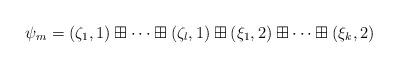
LaTeX: \begin{align*}\psi_m=(\zeta_1,1)\boxplus\cdots\boxplus(\zeta_l,1)\boxplus(\xi_1,2)\boxplus\cdots\boxplus(\xi_k,2)\end{align*}